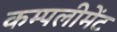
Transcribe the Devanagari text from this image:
कम्पलीमेंट